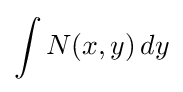
\int N(x,y)\,dy